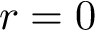
r = 0